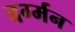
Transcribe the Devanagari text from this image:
बर्ग्मन